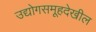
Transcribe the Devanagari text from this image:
उद्योगसमूहदेखील